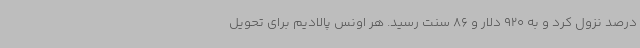
درصد نزول کرد و به 920 دلار و 86 سنت رسید. هر اونس پالادیم برای تحویل